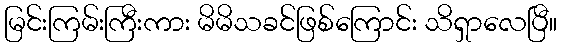
မြင်းကြမ်းကြီးကား မိမိသခင်ဖြစ်ကြောင်း သိရှာလေပြီ။